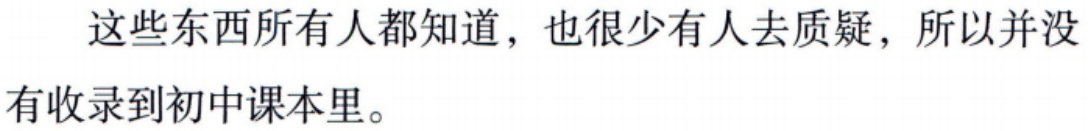
这些东西所有人都知道，也很少有人去质疑，所以并没有收录到初中课本里。